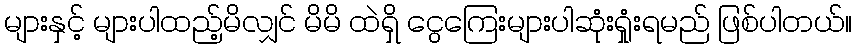
များနှင့် များပါထည့်မိလျှင် မိမိ ထဲရှိ ငွေကြေးများပါဆုံးရှုူံးရမည် ဖြစ်ပါတယ်။